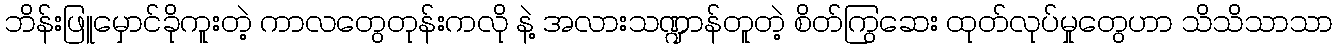
ဘိန်းဖြူမှောင်ခိုကူးတဲ့ ကာလတွေတုန်းကလို နဲ့ အလားသဏ္ဍာန်တူတဲ့ စိတ်ကြွဆေး ထုတ်လုပ်မှုတွေဟာ သိသိသာသာ